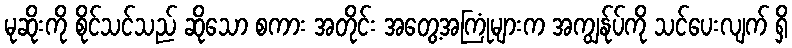
မုဆိုးကို စိုင်သင်သည် ဆိုသော စကား အတိုင်း အတွေ့အကြုံများက အကျွန်ုပ်ကို သင်ပေးလျက် ရှိ